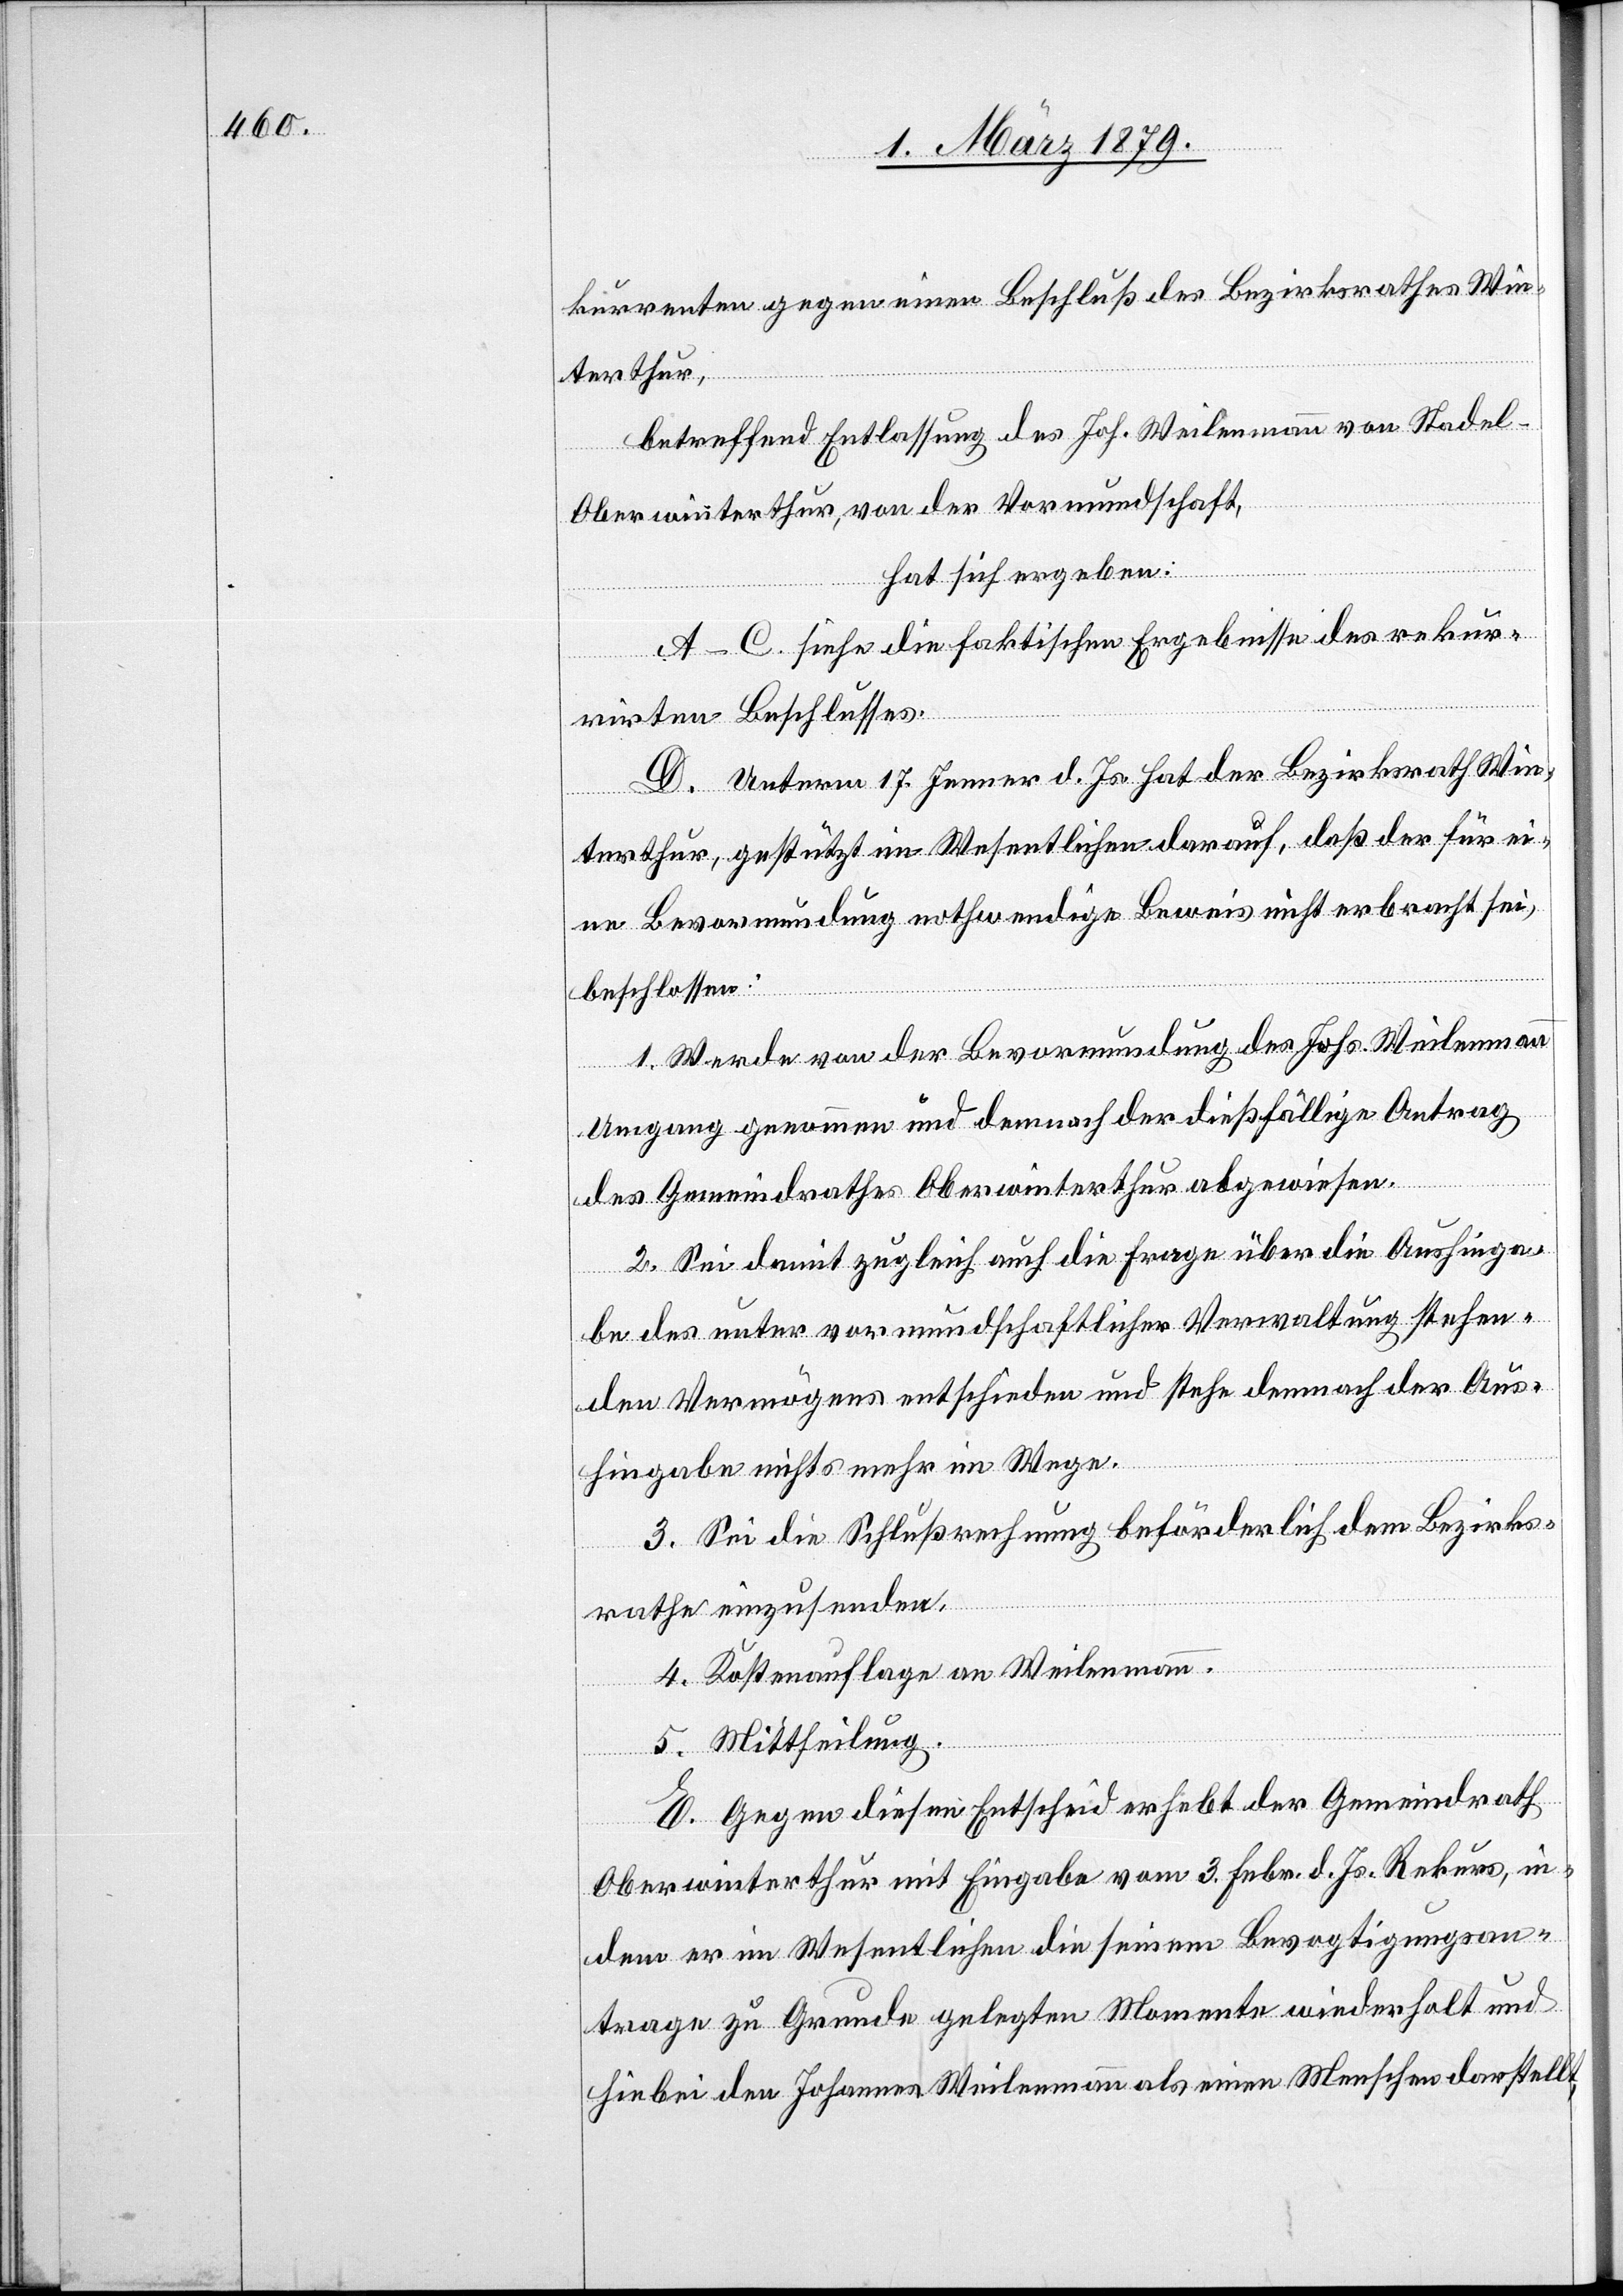
kurrenten gegen einen Beschluß des Bezirksrathes Win¬
terthur,
betreffend Entlassung des Joh. Weilenmann von Stadel
Oberwinterthur, von der Vormundschaft,
hat sich ergeben:
A–C. siehe die faktischen Ergebnisse des rekur¬
rirten Beschlusses.
D. Unterm 17. Jenner d. Js. hat der Bezirksrath Win¬
terthur, gestützt im Wesentlichen darauf, daß der für ei¬
ne Bevormundung nothwendige Beweis nicht erbracht sei,
beschlossen:
1. Werde von der Bevormundung des Johs. Weilenmann
Umgang genommen und demnach der dießfällige Antrag
des Gemeindrathes Oberwinterthur abgewiesen.
2. Sei damit zugleich auch die Frage über die Aushinga¬
be des unter vormundschaftlicher Verwaltung stehen¬
den Vermögens entschieden und stehe demnach der Aus¬
hingabe nichts mehr im Wege.
3. Sei die Schlußrechnung beförderlich dem Bezirks¬
rathe einzusenden.
4. Kostenauflage an Weilenmann.
5. Mittheilung.
E. Gegen diesen Entscheid erhebt der Gemeindrath
Oberwinterthur mit Eingabe vom 3. Febr. d. Js. Rekurs, in¬
dem er im Wesentlichen die seinem Bevogtigungsan¬
trage zu Grunde gelegten Momente wiederholt und
hiebei den Johannes Weilenmann als einen Menschen darstellt,